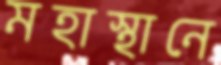
মহাস্থানে